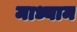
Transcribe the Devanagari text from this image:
माध्याम